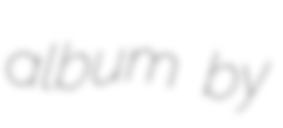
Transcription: album by